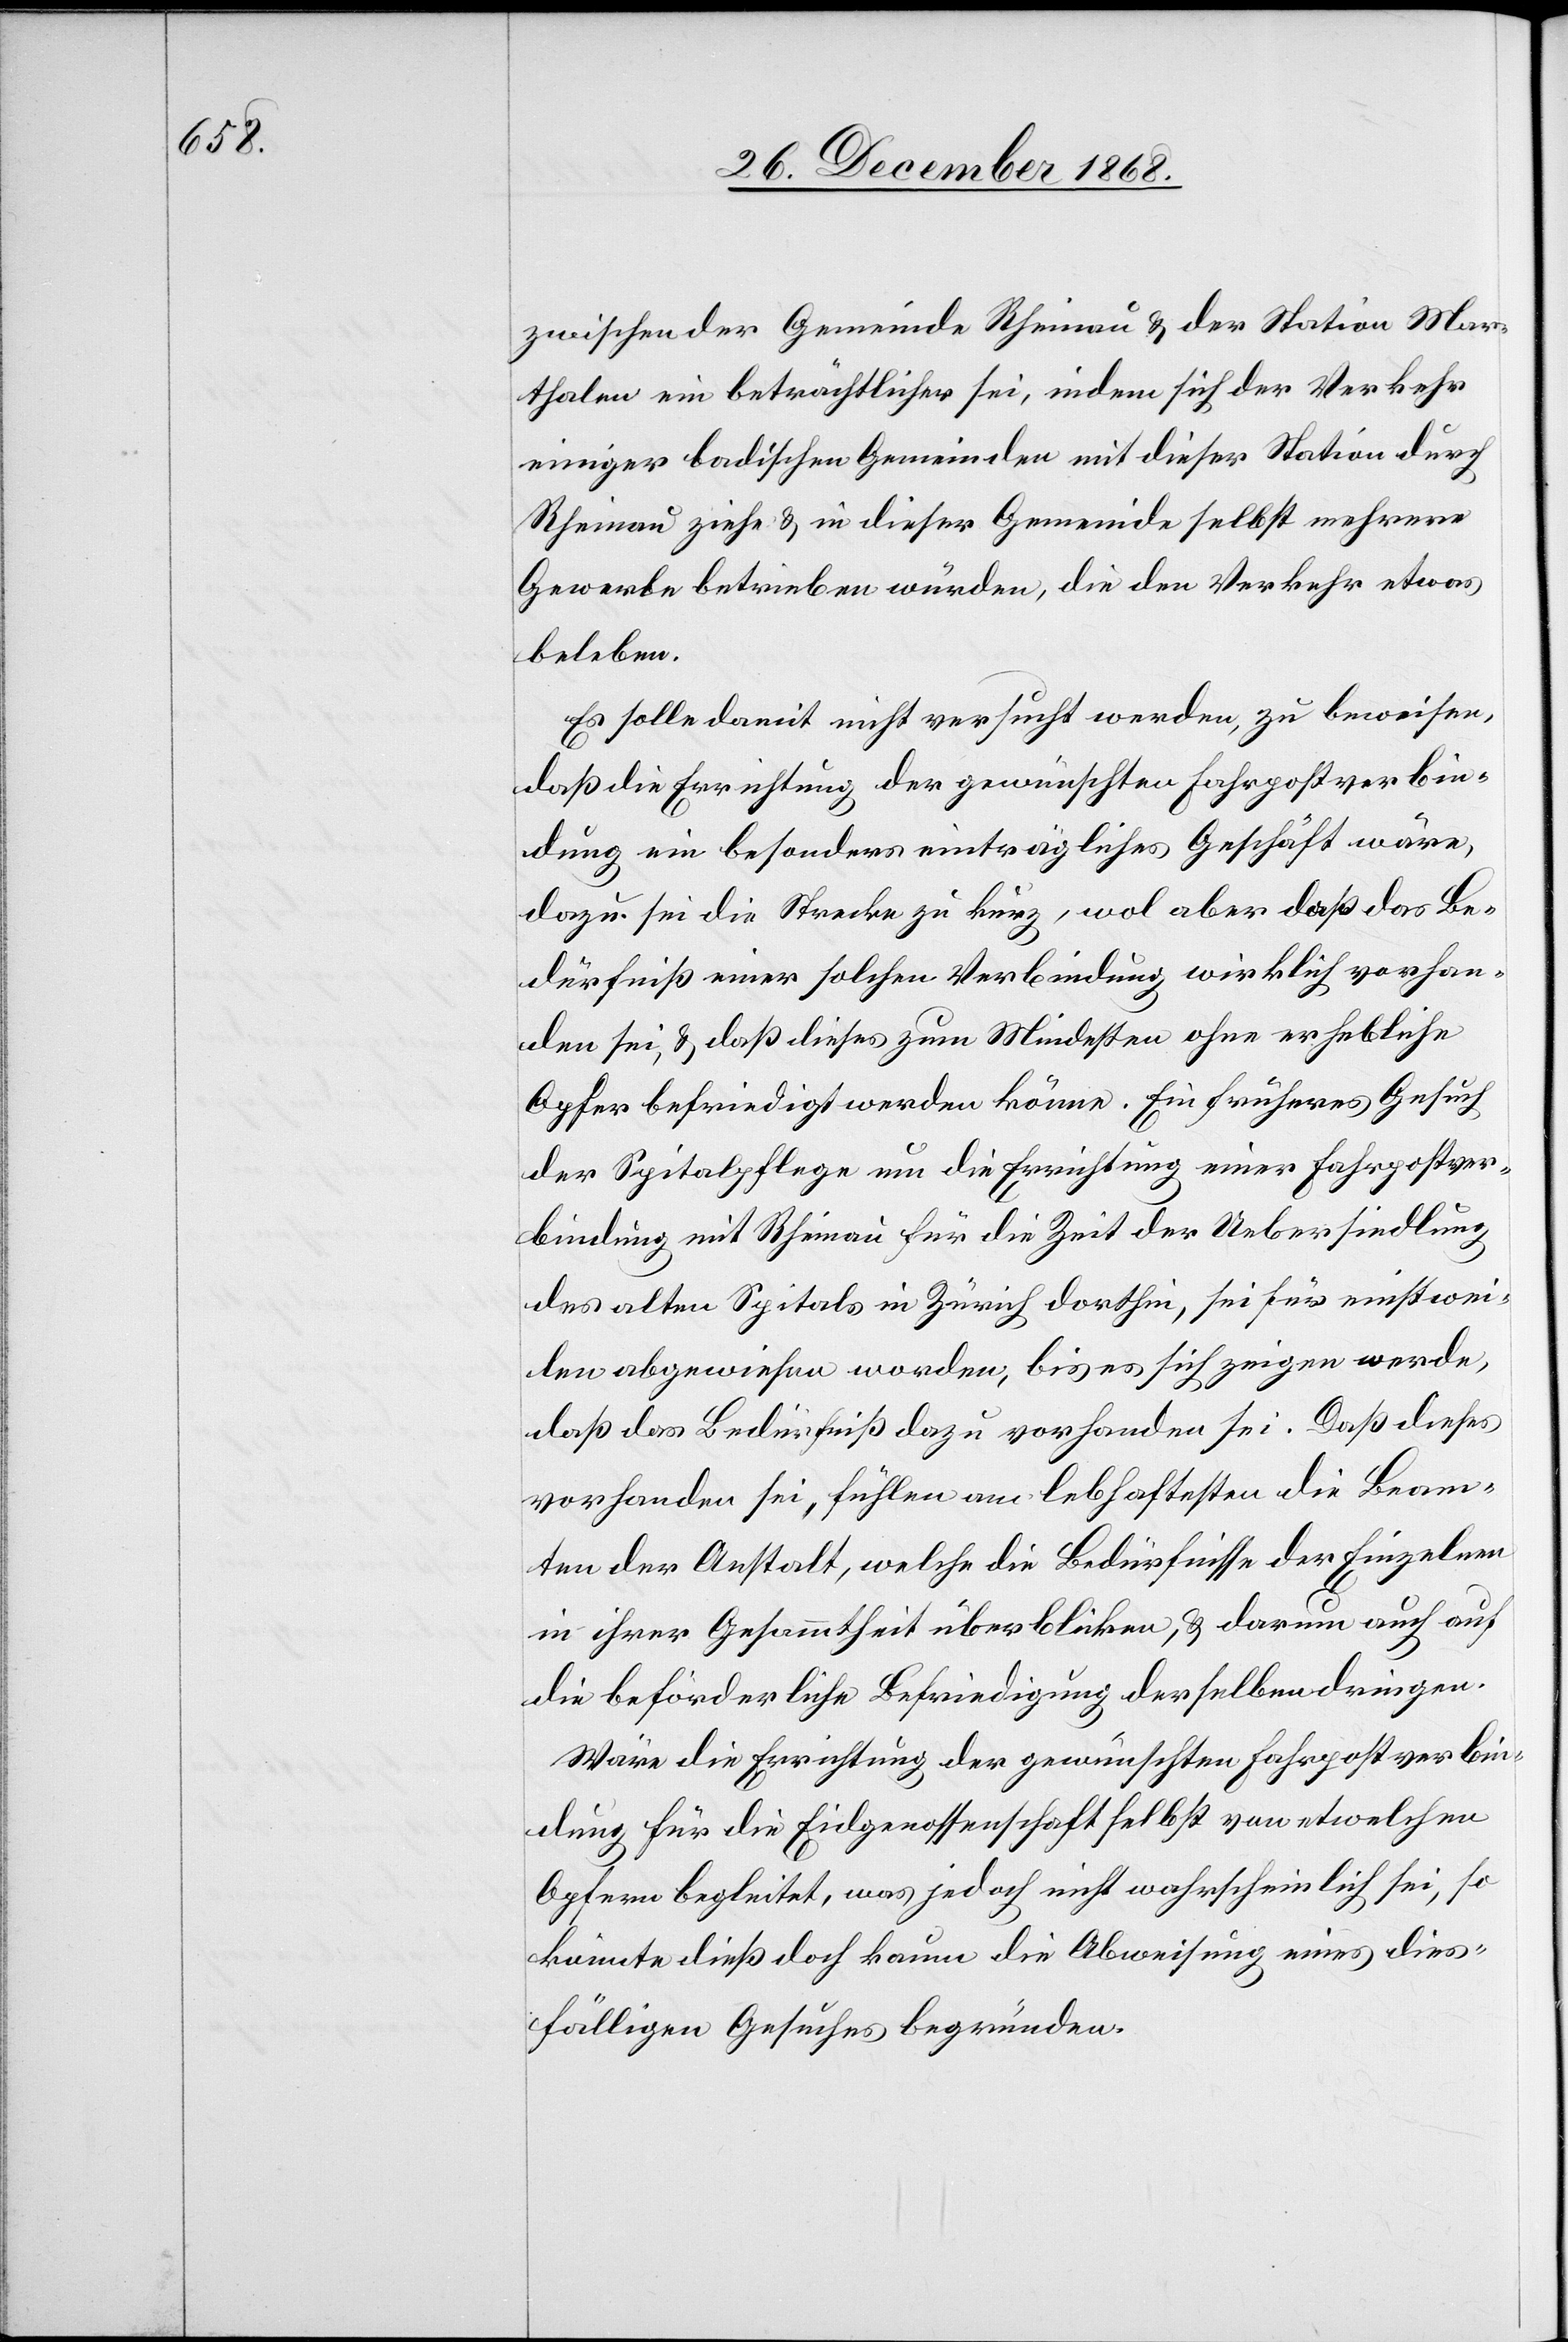
zwischen der Gemeinde Rheinau & der Station Mar¬
thalen ein beträchtlicher sei, indem sich der Verkehr
einiger badischen Gemeinden mit dieser Station durch
Rheinau ziehe & in dieser Gemeinde selbst mehrere
Gewerbe betrieben würden, die den Verkehr etwas
beleben.
Es solle damit nicht versucht werden, zu beweisen,
daß die Errichtung der gewünschten Fahrpostverbin¬
dung ein besonders einträgliches Geschäft wäre,
dazu sei die Strecke zu kurz, wol aber daß das Be¬
dürfniß einer solchen Verbindung wirklich vorhan¬
den sei, & daß dieses zum Mindesten ohne erhebliche
Opfer befriedigt werden könne. Ein früheres Gesuch
der Spitalpflege um die Errichtung einer Fahrpostver¬
bindung mit Rheinau für die Zeit der Uebersiedlung
des alten Spitals in Zürich dorthin, sei für einstwei¬
len abgewiesen worden, bis es sich zeigen werde,
daß das Bedürfniß dazu vorhanden sei. Daß dieses
vorhanden sei, fühlen am lebhaftesten die Beam¬
ten der Anstalt, welche die Bedürfnisse der Einzelnen
in ihrer Gesammtheit überblicken, & darum auch auf
die beförderliche Befriedigung derselben dringen.
Wäre die Errichtung der gewünschten Fahrpostverbin¬
dung für die Eidgenossenschaft selbst von etwelchen
Opfern begleitet, was jedoch nicht wahrscheinlich sei, so
könnte dieß doch kaum die Abweisung eines dies¬
fälligen Gesuches begründen.